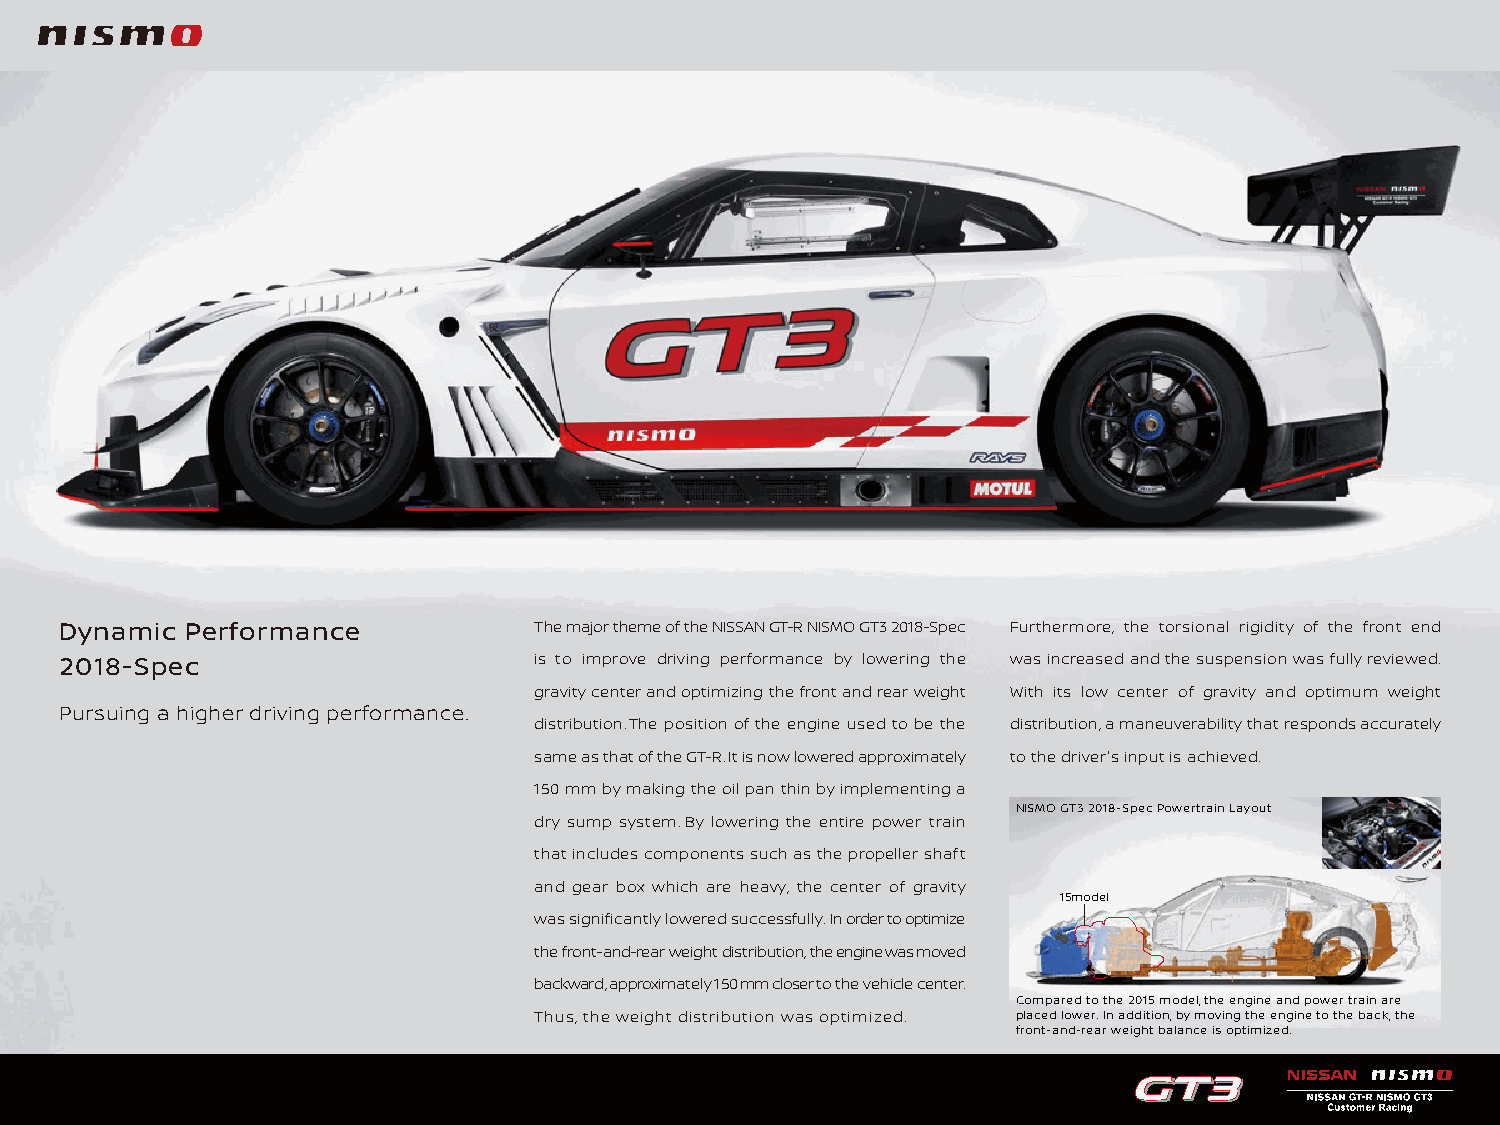
Dynamic Performance            The major theme of the NISSAN GT-R NISMO GT3 2018-Spec Furthermore, the torsional rigidity of the front end
 2018-Spec                      is to improve driving performance by lowering the was increased and the suspension was fully reviewed.
 gravity center and optimizing the front and rear weight With its low center of gravity and optimum weight
 Pursuing a higher driving performance.
 distribution.The position of the engine used to be the distribution, a maneuverability that responds accurately
 same as that of the GT-R. It is now lowered approximately to the driver's input is achieved.
 150 mm by making the oil pan thin by implementing a
 NISMO GT3 2018-Spec Powertrain Layout
 dry sump system. By lowering the entire power train
 that includes components such as the propeller shaft
 and gear box which are heavy, the center of gravity
 15model
 was significantly lowered successfully. In order to optimize
 the front-and-rear weight distribution, the engine was moved
 backward, approximately 150 mm closer to the vehicle center.
 Compared to the 2015 model, the engine and power train are
 Thus, the weight distribution was optimized. placed lower. In addition, by moving the engine to the back, the
 front-and-rear weight balance is optimized.